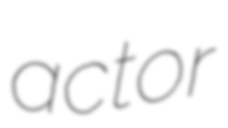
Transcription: actor